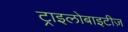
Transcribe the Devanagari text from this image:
ट्राइलोबाइटीज़